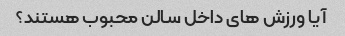
آیا ورزش های داخل سالن محبوب هستند؟